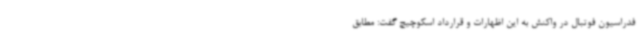
فدراسیون فوتبال در واکنش به این اظهارات و قرارداد اسکوچیچ گفت: مطابق